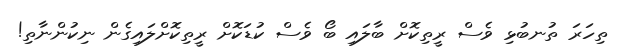
ތިހަރަ ތުނބުޅި ވެސް ރީތިކޮށް ބާލައި ބޯ ވެސް ކުޑަކޮށް ރީތިކޮށްލައިގެން ނިކުންނާތި!